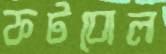
ফটবোল